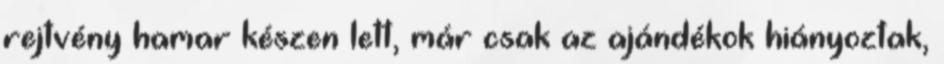
rejtvény hamar készen lett, már csak az ajándékok hiányoztak,